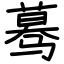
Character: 蓦